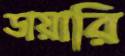
ডায়ারি